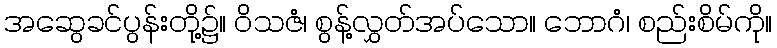
အဆွေခင်ပွန်းတို့၌။ ဝိသဇံ၊ စွန့်လွှတ်အပ်သော။ ဘောဂံ၊ စည်းစိမ်ကို။